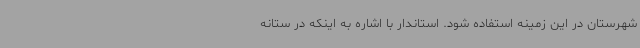
شهرستان در این زمینه استفاده شود. استاندار با اشاره به اینکه در ستانه